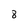
Character: 8